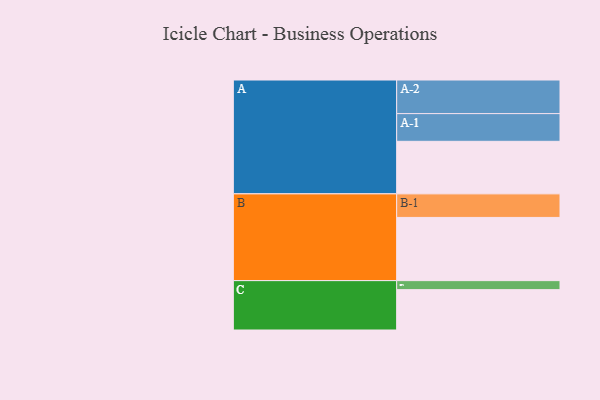
{"axis": {"x": "Segment", "y": "Value"}, "legend": ["", "A", "B", "C"], "data": [{"x": "A", "y": 444, "type": ""}, {"x": "B", "y": 534, "type": ""}, {"x": "C", "y": 341, "type": ""}, {"x": "A-1", "y": 234, "type": "A"}, {"x": "A-2", "y": 284, "type": "A"}, {"x": "B-1", "y": 199, "type": "B"}, {"x": "C-1", "y": 76, "type": "C"}]}